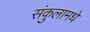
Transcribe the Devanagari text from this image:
संकुलामधे